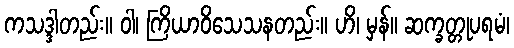
ကသဒ္ဒါတည်း။ ဝါ၊ ကြိယာဝိသေသနတည်း။ ဟိ၊ မှန်။ ဆက္ခတ္တုပရမံ၊